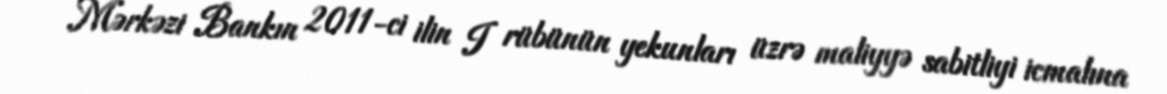
Mərkəzi Bankın 2011-ci ilin I rübünün yekunları üzrə maliyyə sabitliyi icmalına